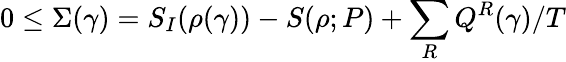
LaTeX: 0\le\Sigma(\gamma)=S_{I}(\rho(\gamma))-S(\rho;P)+\sum_{R}Q^{R}(\gamma)/T